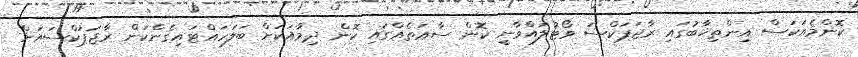
ކޮންމެއަކަސް އިންތިޚާބުގައި ރާޖަޕަކްސަ ވޯޓުލައްވާނީ ކޮން ސާޢަތެއްގައި ކޮން ދިމާއަކަށް ބަލަހައްޓައިގެންކަން ރާޖަޕަކްސައަށް